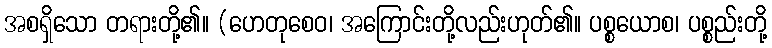
အစရှိသော တရားတို့၏။ (ဟေတုစေဝ၊ အကြောင်းတို့လည်းဟုတ်၏။ ပစ္စယောစ၊ ပစ္စည်းတို့